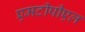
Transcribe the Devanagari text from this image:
एमटीपीएल